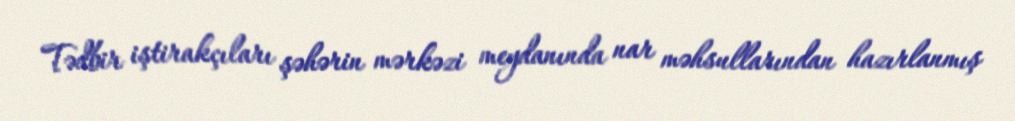
Tədbir iştirakçıları şəhərin mərkəzi meydanında nar məhsullarından hazırlanmış